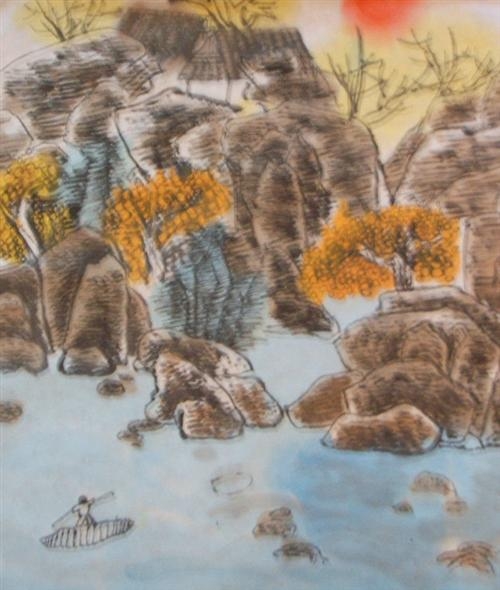
桐花万里丹山路，雏凤清于老凤声。